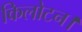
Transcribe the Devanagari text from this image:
किलोटन।